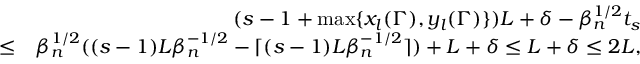
\begin{array} { r l r } & { } & { ( s - 1 + \operatorname* { m a x } \{ x _ { l } ( \Gamma ) , y _ { l } ( \Gamma ) \} ) L + \delta - \beta _ { n } ^ { 1 \slash 2 } t _ { s } } \\ & { \leq } & { \beta _ { n } ^ { 1 \slash 2 } ( ( s - 1 ) L \beta _ { n } ^ { - 1 \slash 2 } - \lceil ( s - 1 ) L \beta _ { n } ^ { - 1 \slash 2 } \rceil ) + L + \delta \leq L + \delta \leq 2 L , } \end{array}